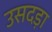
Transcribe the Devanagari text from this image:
उसदड़ा